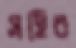
সহিব